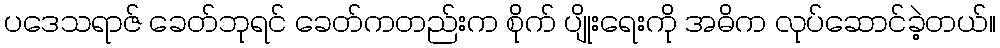
ပဒေသရာဇ် ခေတ်ဘုရင် ခေတ်ကတည်းက စိုက် ပျိုးရေးကို အဓိက လုပ်ဆောင်ခဲ့တယ်။